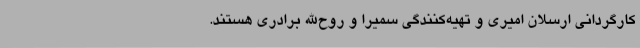
کارگردانی ارسلان امیری و تهیه‌کنندگی سمیرا و روح‌الله برادری هستند.